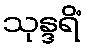
သုန္ဒရိံ